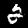
Label: 2